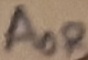
Text: AOR